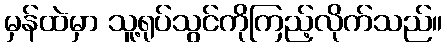
မှန်ထဲမှာ သူ့ရုပ်သွင်ကိုကြည့်လိုက်သည်။